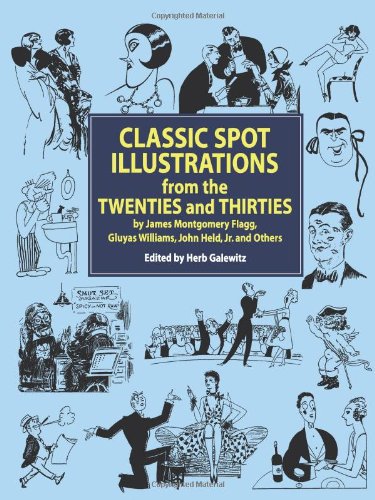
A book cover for Classic Spot Illustrations from the Twenties and Thirties: by James Montgomery Flagg, Gluyas Williams, John Held, Jr., et al (Dover Pictorial Archive); Crafts, Hobbies & Home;